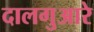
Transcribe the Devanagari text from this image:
दालगुआरे